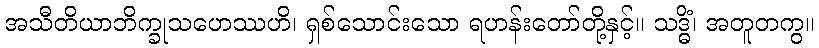
အသီတိယာဘိက္ခုသဟေဿဟိ၊ ရှစ်သောင်းသော ရဟန်းတော်တို့နှင့်။ သဒ္ဓိံ၊ အတူတကွ။